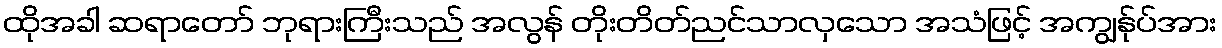
ထိုအခါ ဆရာတော် ဘုရားကြီးသည် အလွန် တိုးတိတ်ညင်သာလှသော အသံဖြင့် အကျွန်ုပ်အား